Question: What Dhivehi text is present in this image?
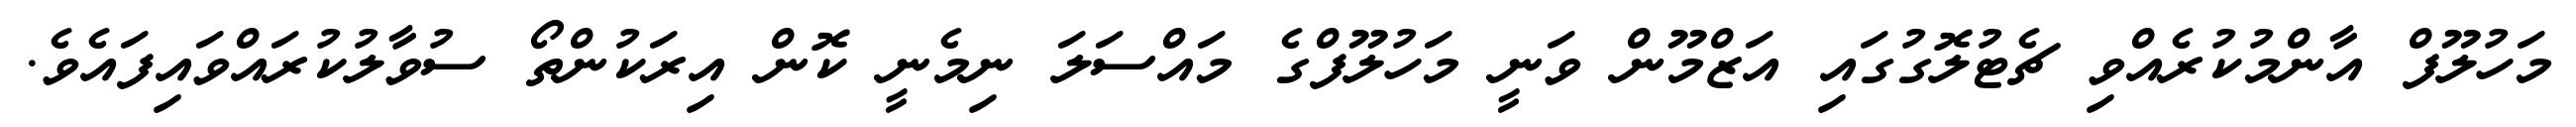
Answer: މަހުލޫފް އާންމުކުރެއްވި ޗެޓުލޮގުގައި އަޒްމޫން ވަނީ މަހުލޫފްގެ މައްސަލަ ނިމެނީ ކޮން އިރަކުންތޯ ސުވާލުކުރައްވައިފައެވެ.